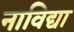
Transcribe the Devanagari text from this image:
नाविद्या